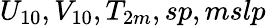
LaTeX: U_{10},V_{10},T_{2m},sp,mslp